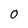
Character: 0